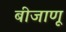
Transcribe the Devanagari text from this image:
बीजाणू